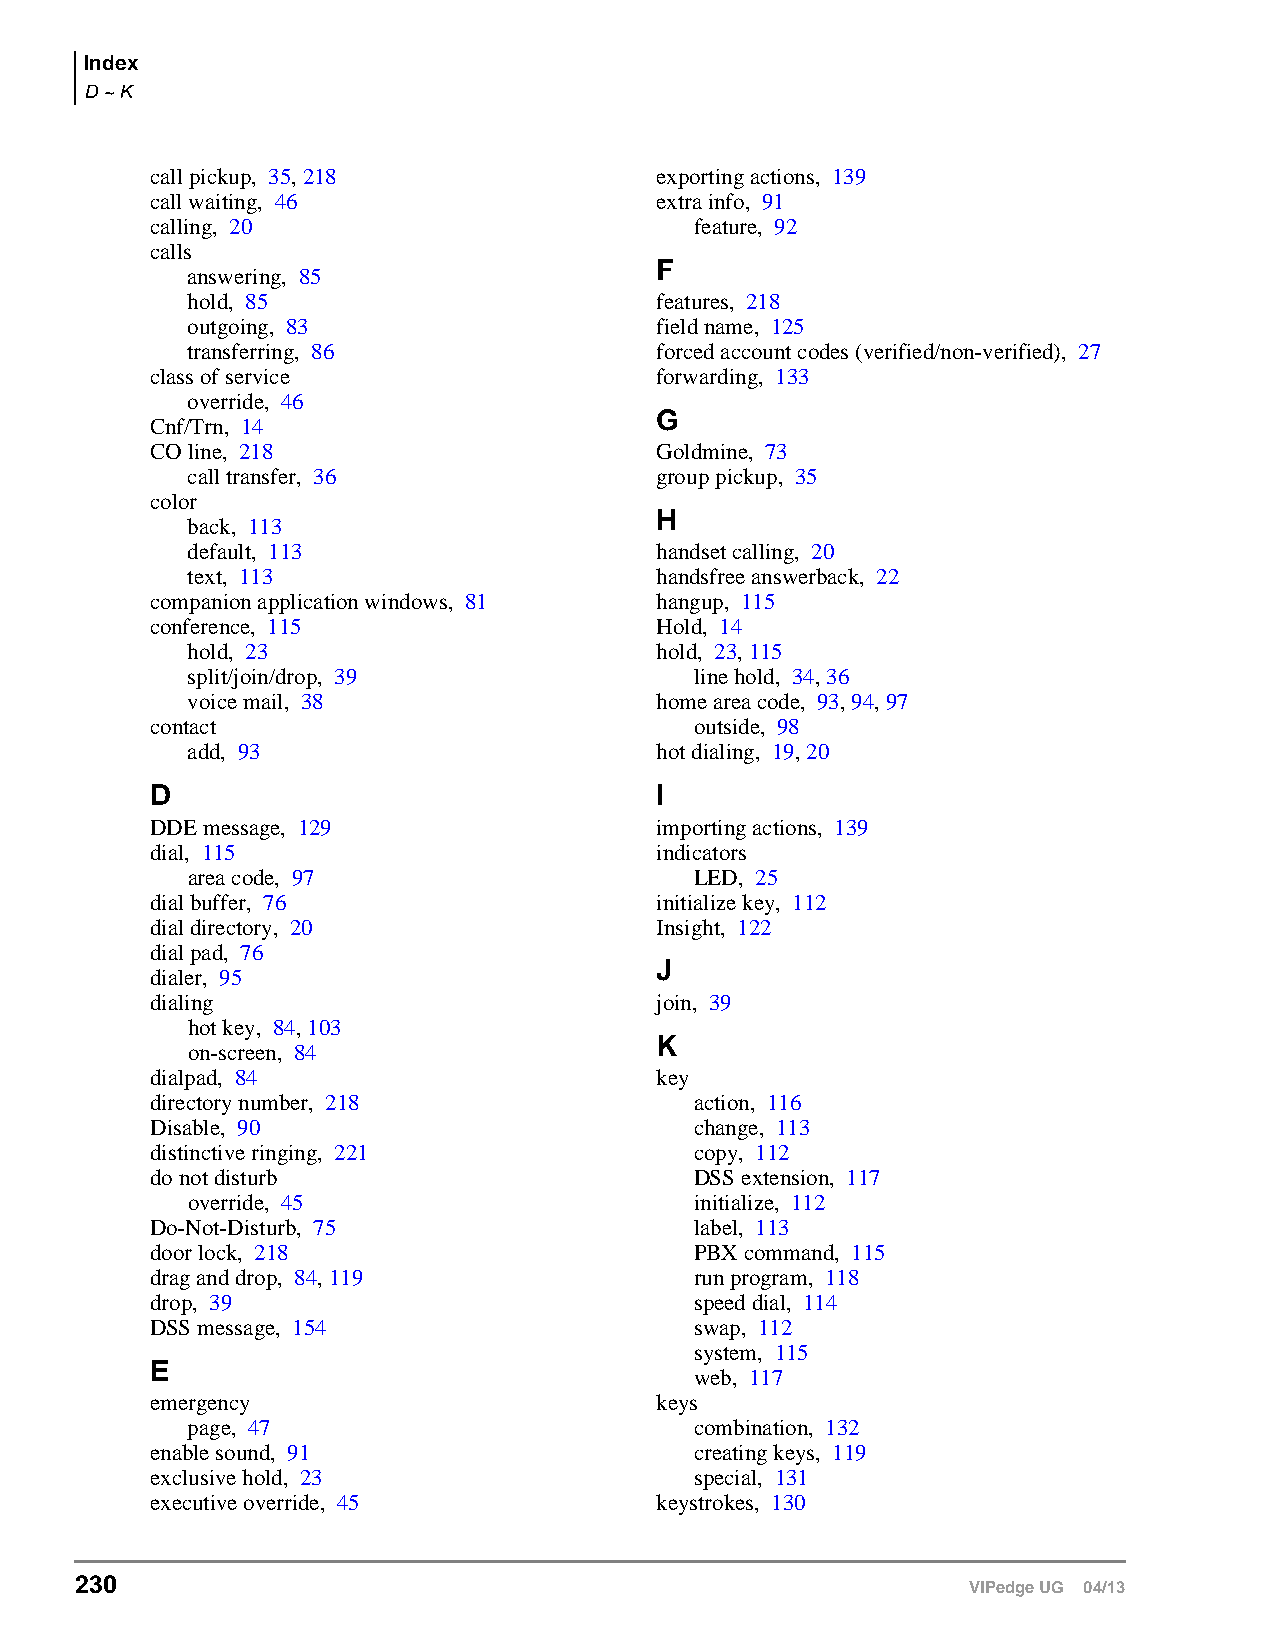
Index
 D ~ K
 call pickup, 35, 218             exporting actions, 139
 call waiting, 46                 extra info, 91
 calling, 20                         feature, 92
 calls
 F
 answering, 85
 hold, 85                       features, 218
 outgoing, 83                   field name, 125
 transferring, 86               forced account codes(verified/non-verified), 27
 class of service                 forwarding, 133
 override, 46
 G
 Cnf/Trn, 14
 CO line, 218                     Goldmine, 73
 call transfer, 36              group pickup, 35
 color
 H
 back, 113
 default, 113                   handset calling, 20
 text, 113                      handsfree answerback, 22
 companion application windows, 81 hangup, 115
 conference, 115                  Hold, 14
 hold, 23                       hold, 23, 115
 split/join/drop, 39               line hold, 34, 36
 voice mail, 38                 home area code, 93, 94, 97
 contact                             outside, 98
 add, 93                        hot dialing, 19, 20
 D                                I
 DDE message, 129                 importing actions, 139
 dial, 115                        indicators
 area code, 97                     LED, 25
 dial buffer, 76                  initialize key, 112
 dial directory, 20               Insight, 122
 dial pad, 76
 J
 dialer, 95
 dialing                          join, 39
 hot key, 84, 103
 K
 on-screen, 84
 dialpad, 84                      key
 directory number, 218               action, 116
 Disable, 90                         change, 113
 distinctive ringing, 221            copy, 112
 do not disturb                      DSS extension, 117
 override, 45                      initialize, 112
 Do-Not-Disturb, 75                  label, 113
 door lock, 218                      PBX command, 115
 drag and drop, 84, 119              run program, 118
 drop, 39                            speed dial, 114
 DSS message, 154                    swap, 112
 system, 115
 E
 web, 117
 emergency                        keys
 page, 47                          combination, 132
 enable sound, 91                    creating keys, 119
 exclusive hold, 23                  special, 131
 executive override, 45           keystrokes, 130
 230
 VIPedge UG 04/13